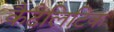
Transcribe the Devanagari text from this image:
कैटेलिटिक